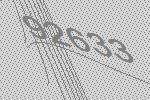
92633